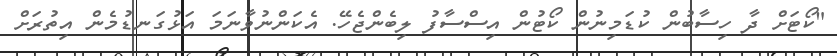
"ކޯޓަށް ދާ ހިސާބުން ކުޑަމިނުން ކޯޓުން އިސްސާފު ލިބެންޖެހޭ. އެކަންނުވާނަމަ އަޅުގަނޑުމެން އިތުރަށް